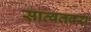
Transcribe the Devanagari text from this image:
सात्वतवरा